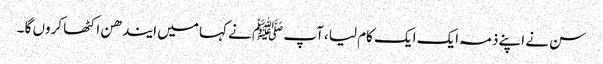
سن نے اپنے ذمہ ایک ایک کام لیا ،آپ ﷺ نے کہا میں ایندھن اکٹھا کروں گا ۔